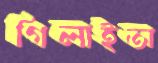
গিলাইতা